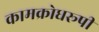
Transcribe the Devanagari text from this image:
कामक्रोधरूपी